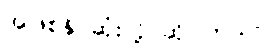
အဖြစ်နိုင်ဆုံးလို့ ဆိုပါတယ်။